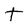
Character: t